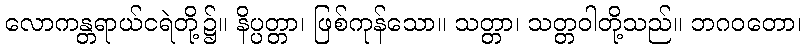
လောကန္တရာယ်ငရဲတို့၌။ နိပ္ပတ္တာ၊ ဖြစ်ကုန်သော။ သတ္တာ၊ သတ္တဝါတို့သည်။ ဘဂဝတော၊